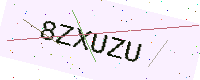
Text: 8ZXUZU